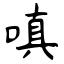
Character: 嗔